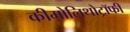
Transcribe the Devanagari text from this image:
कीमोलिथोट्रॉफी